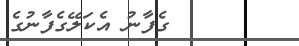
ގެފާނު އެކަލޭގެފާނުގެ